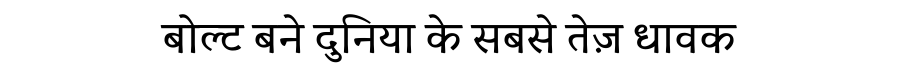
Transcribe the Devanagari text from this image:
बोल्ट बने दुनिया के सबसे तेज़ धावक